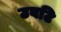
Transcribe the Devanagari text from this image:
उबटि